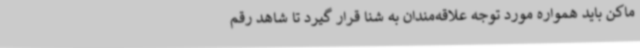
ماکن باید همواره مورد توجه علاقه‌مندان به شنا قرار گیرد تا شاهد رقم